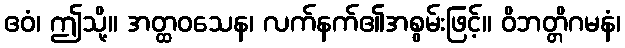
ဧဝံ၊ ဤသို့။ အတ္ထဝသေန၊ လက်နက်၏အစွမ်းဖြင့်။ ဝိဘတ္တိဂမနံ၊